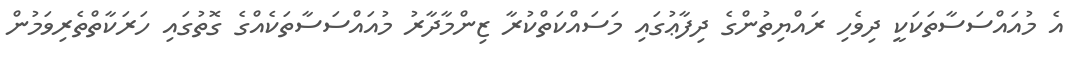
އެ މުއައްސަސާތަކަކީ ދިވެހި ރައްޔިތުންގެ ދިފާޢުގައި މަސައްކަތްކުރާ ޒިންމާދާރު މުއައްސަސާތަކެއްގެ ގޮތުގައި ހަރަކާތްތެރިވަމުން